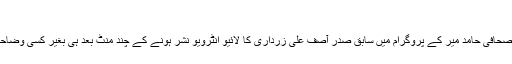
‘
خط میں کہا گیا: ’ایک ماہ قبل معروف صحافی حامد میر کے پروگرام میں سابق صدر آصف علی زرداری کا لائیو انٹرویو نشر ہونے کے چند منٹ بعد ہی بغیر کسی وضاحت کے، درمیان میں سے روک دیا گیا۔